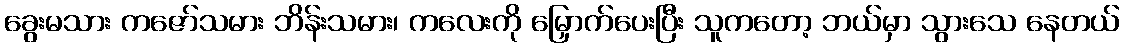
ခွေးမသား ကဇော်သမား ဘိန်းသမား၊ ကလေးကို မြှောက်ပေးပြီး သူကတော့ ဘယ်မှာ သွားသေ နေတယ်